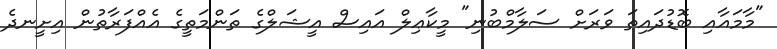
"މާމައާއި ބޮޑުދައިތަ ވަރަށް ސަލާމްބުނި" މީކާޢިލް އައިސް އީޝަލްގެ ތަންމަތީގެ އެއްފަރާތުން އިށީނދެ